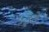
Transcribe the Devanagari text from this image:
५३वें